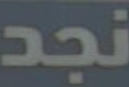
نجد